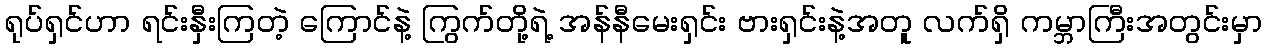
ရုပ်ရှင်ဟာ ရင်းနှီးကြတဲ့ ကြောင်နဲ့ ကြွက်တို့ရဲ့ အန်နီမေးရှင်း ဗားရှင်းနဲ့အတူ လက်ရှိ ကမ္ဘာကြီးအတွင်းမှာ